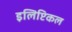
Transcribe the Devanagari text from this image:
इलिप्टिकल